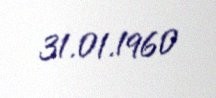
31.01.1960